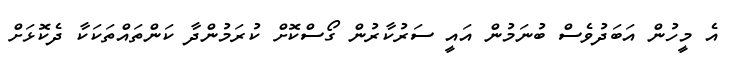
އެ މީހުން އަބަދުވެސް ބުނަމުން އައީ ސަރުކާރުން ގޯސްކޮށް ކުރަމުންދާ ކަންތައްތަކަކާ ދެކޮޅަށް